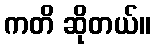
ကတိ ဆိုတယ်။